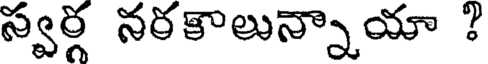
స్వర్గ నరకాలున్నాయా ?